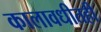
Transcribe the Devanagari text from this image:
कालावधीतही